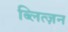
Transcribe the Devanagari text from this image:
ब्लित्ज़न